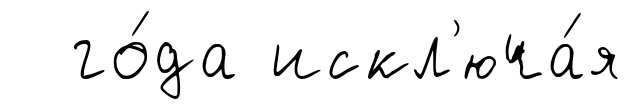
го́да искл'юча́я